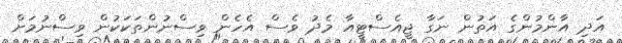
އަދި އާންމުންގެ އަތުން ނަގާ ޖީއެސްޓީއާ މެދު ވެސް އެހެން ވިސްނުންތަކަކުން ވިސްނުމަށް